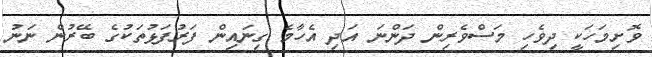
ވޮށިމަހަކީ ދިވެހި މަސްވެރިން ދަންނަ އަދި އެހާމެ ގިނައިން ފަރުފަޅުތަކުގެ ބޭރުން ނަނު